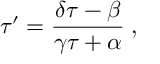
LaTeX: \tau ^ { \prime } = \frac { \delta \tau - \beta } { \gamma \tau + \alpha } \; ,